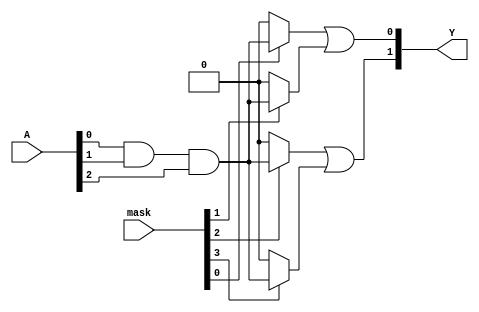
module MaskedPAL (
    input wire [N-1:0] A,        // Input lines (A, B, C, etc.)
    input wire [M-1:0] mask,     // Masking signals for AND gates
    output wire [P-1:0] Y         // Output lines
);

// Parameters
parameter N = 3;                // Number of input lines
parameter M = 4;                // Number of AND gates
parameter P = 2;                // Number of OR gates

// Internal wires for AND gate outputs
wire [M-1:0] and_out;

// Programmable AND array
genvar i;
generate
    for (i = 0; i < M; i = i + 1) begin : and_array
        // Each AND gate can be programmed with specific inputs and their complements
        assign and_out[i] = (mask[i] == 1'b1) ? (A[0] & A[1] & A[2]) : 1'b0; // Example: AND gate logic
    end
endgenerate

// Fixed OR array
assign Y[0] = and_out[0] | and_out[1]; // OR gate 1
assign Y[1] = and_out[2] | and_out[3]; // OR gate 2

endmodule